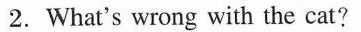
2. What's wrong with the cat?